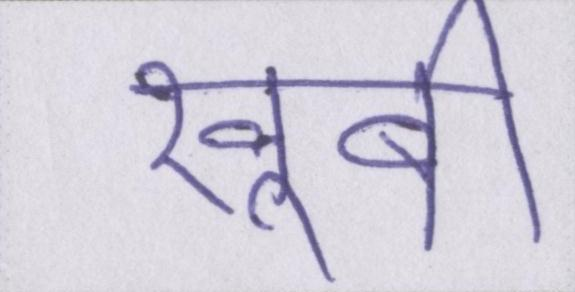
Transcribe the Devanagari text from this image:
खूबी